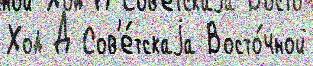
Ход Д Сов'е́тскаjа Восто́чной